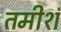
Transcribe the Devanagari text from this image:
तमीशं